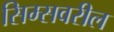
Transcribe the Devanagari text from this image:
सिम्सवरील